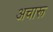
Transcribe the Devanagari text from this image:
अचारू